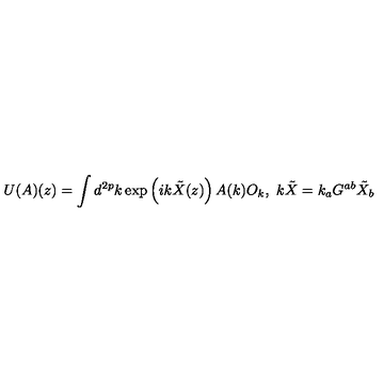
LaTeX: U ( A ) ( z ) = \int d ^ { 2 p } k \exp \left( i k \tilde { X } ( z ) \right) A ( k ) O _ { k } , \ k \tilde { X } = k _ { a } G ^ { a b } \tilde { X } _ { b } \